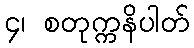
၄၊ စတုက္ကနိပါတ်